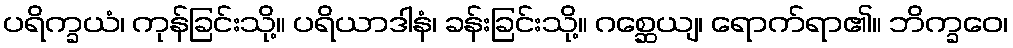
ပရိက္ခယံ၊ ကုန်ခြင်းသို့။ ပရိယာဒါနံ၊ ခန်းခြင်းသို့။ ဂစ္ဆေယျ၊ ရောက်ရာ၏။ ဘိက္ခဝေ၊